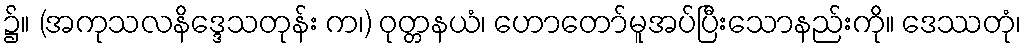
၌။ (အကုသလနိဒ္ဒေသတုန်း က၊) ဝုတ္တနယံ၊ ဟောတော်မူအပ်ပြီးသောနည်းကို။ ဒေဿတုံ၊